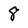
Character: 8